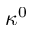
\kappa ^ { 0 }